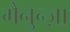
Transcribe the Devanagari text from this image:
मैनुन्ज़ा